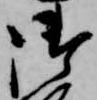
御